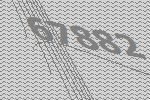
67882